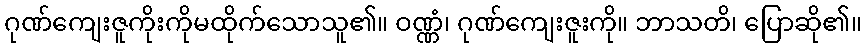
ဂုဏ်ကျေးဇူကိုးကိုမထိုက်သောသူ၏။ ဝဏ္ဏံ၊ ဂုဏ်ကျေးဇူးကို။ ဘာသတိ၊ ပြောဆို၏။